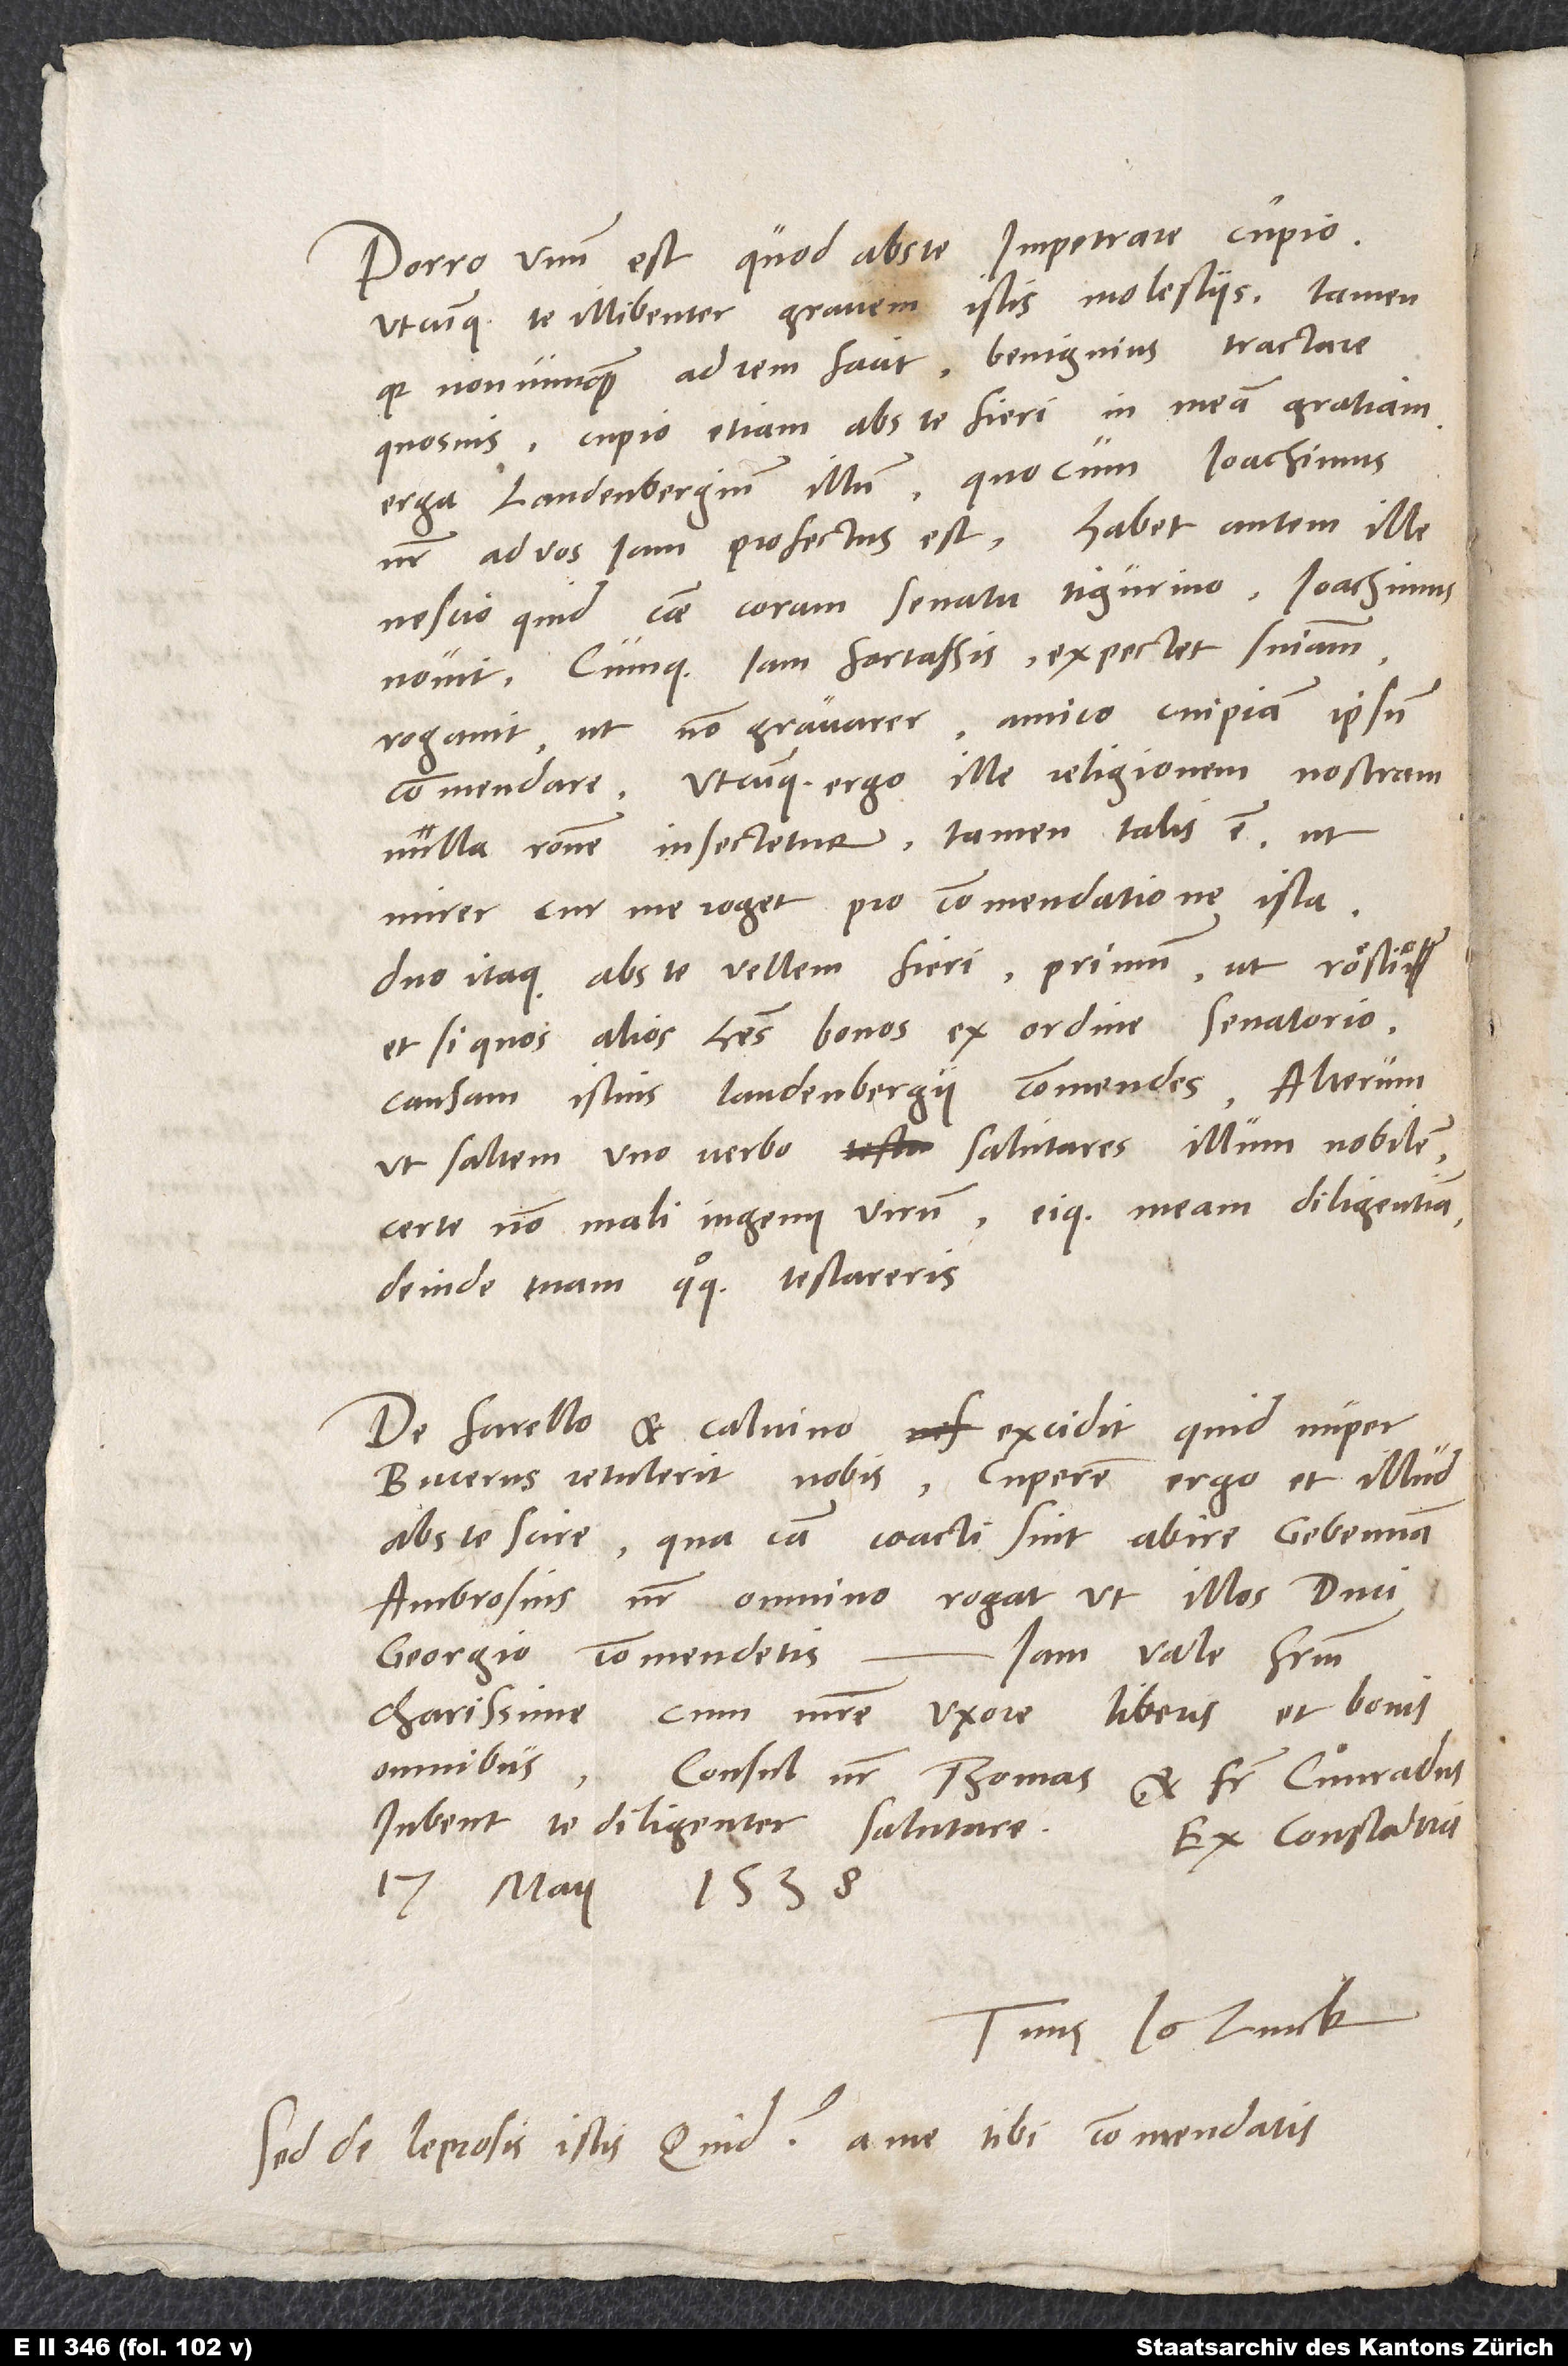
Porro unum est, quod abs te impetrare cupio,
utcunque te illibenter gravem istis molestiis. Tamen,
quia nonnunquam ad rem facit benignius tractare
quosvis, cupio etiam abs te fieri in meam gratiam
erga Landenbergium illum, quocum Ioachimus
noster ad vos iam profectus est. Habet autem ille
nescio quid causae coram senatu Tigurino - Ioachimus
novit -, cumque iam fortassis expectet sententiam,
rogavit, ut non gravarer amico cuipiam ipsum
commendare. Utcunque ergo ille religionem nostram
nulla ratione insectetur, tamen talis est, ut
mirer, cur me roget pro commendatione ista.
Duo itaque abs te vellem fieri: primum, ut Röstio,
et si quos alios habes bonos ex ordine senatorio,
causam istius Landenbergii commendes; alterum,
ut saltem uno verbo salutares illum nobilem,
certe non mali ingenii virum, eique meam diligentiam,
deinde tuam quoque testareris.
et Calvino excidit, quid nuper
De Farello
Bucerus retulerit nobis; cuperem ergo et illud
qua causa coacti sint abire Gebenna.
abs te scire,
Ambrosius noster omnino rogat, ut illos duci
Georgio commendetis. Iam vale, fratrum
cum matre, uxore, liberis et bonis
Consul noster Thomas et frater Cuͦnradus
iubent te diligenter salutare.
Ex Constantia,
17. maii
1538.
Tuus Io. Zvick.
Sed de leprosis istis quid a me tibi commendatis?